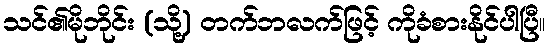
သင်၏မိုဘိုင်း (သို့) တက်ဘလက်ဖြင့် ကိုခံစားနိုင်ပါပြီ။